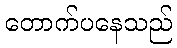
တောက်ပနေသည်